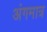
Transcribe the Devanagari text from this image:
अंगमात्र